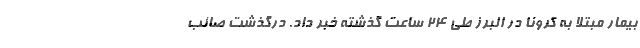
بیمار مبتلا به کرونا در البرز طی ۲۴ ساعت گذشته خبر داد. درگذشت صائب